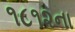
૧૮૧૨ના